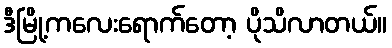
ဒီမြို့ကလေးရောက်တော့ ပိုသိလာတယ်။